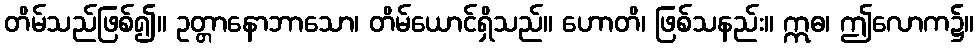
တိမ်သည်ဖြစ်၍။ ဥတ္တာနောဘာသော၊ တိမ်ယောင်ရှိသည်။ ဟောတိ၊ ဖြစ်သနည်း။ ဣဓ၊ ဤလောက၌။